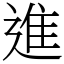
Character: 進